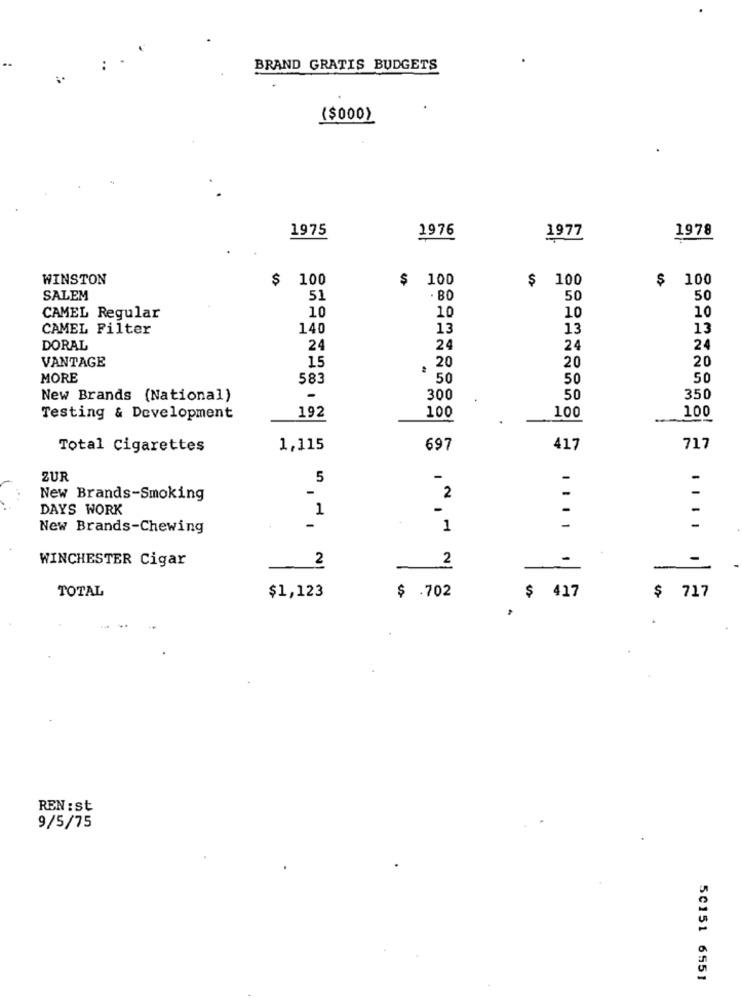
..
BRAND GRATIS BUDGETS
($000)
1975
1978
1976
1977
WINSTON
$ 100
$ 100
$ 100
$ 100
SALEM
51
. BO
50
50
10
10
10
CAMEL Regular
10
CAMEL Filter
140
13
13
13
DORAL
24
24
24
24
VANTAGE
15
20
20
20
MORE
583
50
50
50
New Brands (National)
300
50
350
192
100
Testing & Development
100
100
Total Cigarettes
1,115
697
417
717
ZUR
5
-
-
-
-
-
-
New Brands-Smoking
2
DAYS WORK
1
-
-
New Brands-Chewing
1
-
WINCHESTER Cigar
2
2
-
-
-
TOTAL
$ .702
$1,123
$ 417
$ 717
REN : st
9/5/75
50151 6551